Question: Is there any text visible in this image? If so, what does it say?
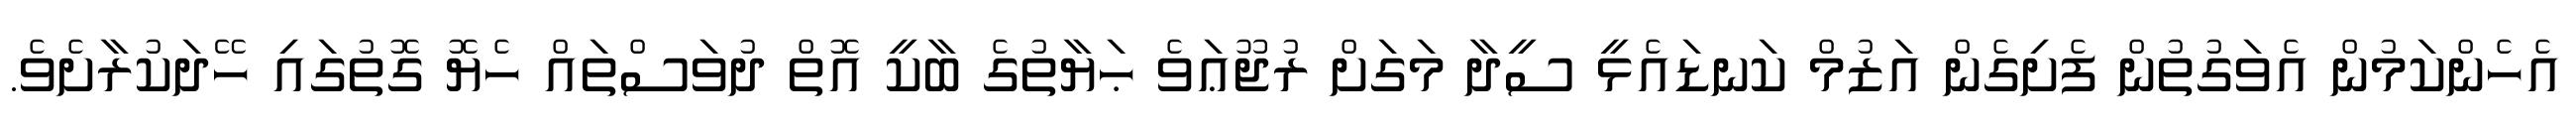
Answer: އެހެންކަމުން އެވަގުތުން ފެށިގެން އަޒުމް ކަނޑައެޅީ ސީދާ މަގަށް ރުޖޫޢަވެ ޙަޔާތުގެ ބާކީ އޮތް ދުވަސްތައް ހެޔޮ ގޮތުގައި ހޭދަކުރާށެވެ.